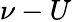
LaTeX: \nu-U